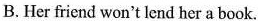
B.Her friend won't lend her a book.